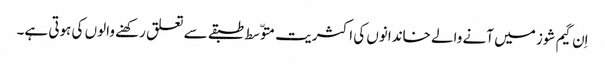
اِن گیم شوز میں آنے والے خاندانوں کی اکثریت متوّسط طبقے سے تعلق رکھنے والوں کی ہوتی ہے۔